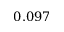
0 . 0 9 7